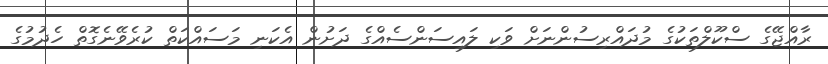
ރާއްޖޭގެ ސްކޫލްތަކުގެ މުދައްރިސުންނަށް ވަކި ލައިސަންސެއްގެ ދަށުން އެކަނި މަސައްކަތް ކުރެވޭނެގޮތް ހެދުމުގެ